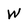
Character: W